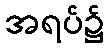
အရပ်၌